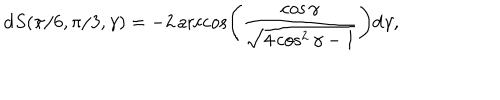
LaTeX: \mathrm { d } S ( \pi / 6 , \pi / 3 , \gamma ) = - 2 \operatorname { a r c c o s } \left( \frac { \cos \gamma } { \sqrt { 4 \cos ^ { 2 } \gamma - 1 } } \right) \mathrm { d } \gamma ,